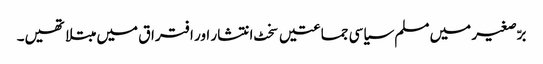
برّصغیر میں مسلم سیاسی جماعتیں سخٹ انتشار اور افتراق میں مبتلا تھیں۔